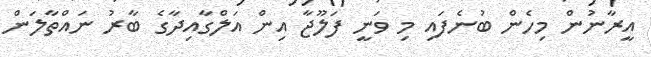
އީރާނުން މިހެން ބުނެފައި މި ވަނީ ފަލޫޖާ އިން އަލްގާއިދާގެ ބާރު ނައްތާލަން